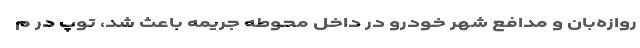
روازه‌بان و مدافع شهر خودرو در داخل محوطه جریمه باعث شد، توپ در م